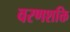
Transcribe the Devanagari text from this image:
वरणशक्ति